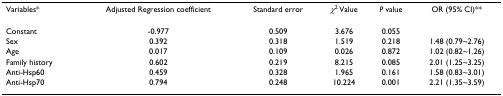
<table><thead><tr><td><b>Variables*</b></td><td><b>Adjusted Regression coefficient</b></td><td><b>Standard error</b></td><td><b><i>χ</i><sup>2 </sup>Value</b></td><td><b><i>P </i>value</b></td><td><b>OR (95% CI)**</b></td></tr></thead><tbody><tr><td>Constant</td><td>-0.977</td><td>0.509</td><td>3.676</td><td>0.055</td><td></td></tr><tr><td>Sex</td><td>0.392</td><td>0.318</td><td>1.519</td><td>0.218</td><td>1.48 (0.79~2.76)</td></tr><tr><td>Age</td><td>0.017</td><td>0.109</td><td>0.026</td><td>0.872</td><td>1.02 (0.82~1.26)</td></tr><tr><td>Family history</td><td>0.602</td><td>0.219</td><td>8.215</td><td>0.085</td><td>2.01 (1.25~3.25)</td></tr><tr><td>Anti-Hsp60</td><td>0.459</td><td>0.328</td><td>1.965</td><td>0.161</td><td>1.58 (0.83~3.01)</td></tr><tr><td>Anti-Hsp70</td><td>0.794</td><td>0.248</td><td>10.224</td><td>0.001</td><td>2.21 (1.35~3.59)</td></tr></tbody></table>